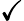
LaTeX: \checkmark